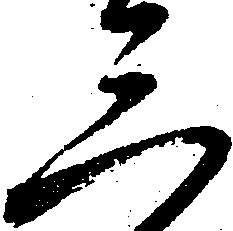
三